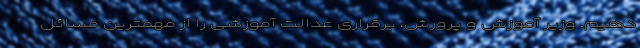
دهیم. وزیر آموزش و پرورش، برقراری عدالت آموزشی را از مهمترین مسائل